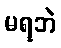
မရဘဲ